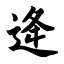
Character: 逄